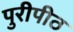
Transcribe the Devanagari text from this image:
पुरीपीठ